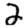
Digit: 2